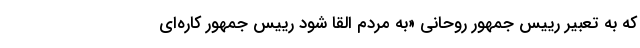
که به تعبیر رییس جمهور روحانی «به مردم القا شود رییس جمهور کاره‌ای